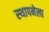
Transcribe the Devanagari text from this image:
स्‍थापनेला